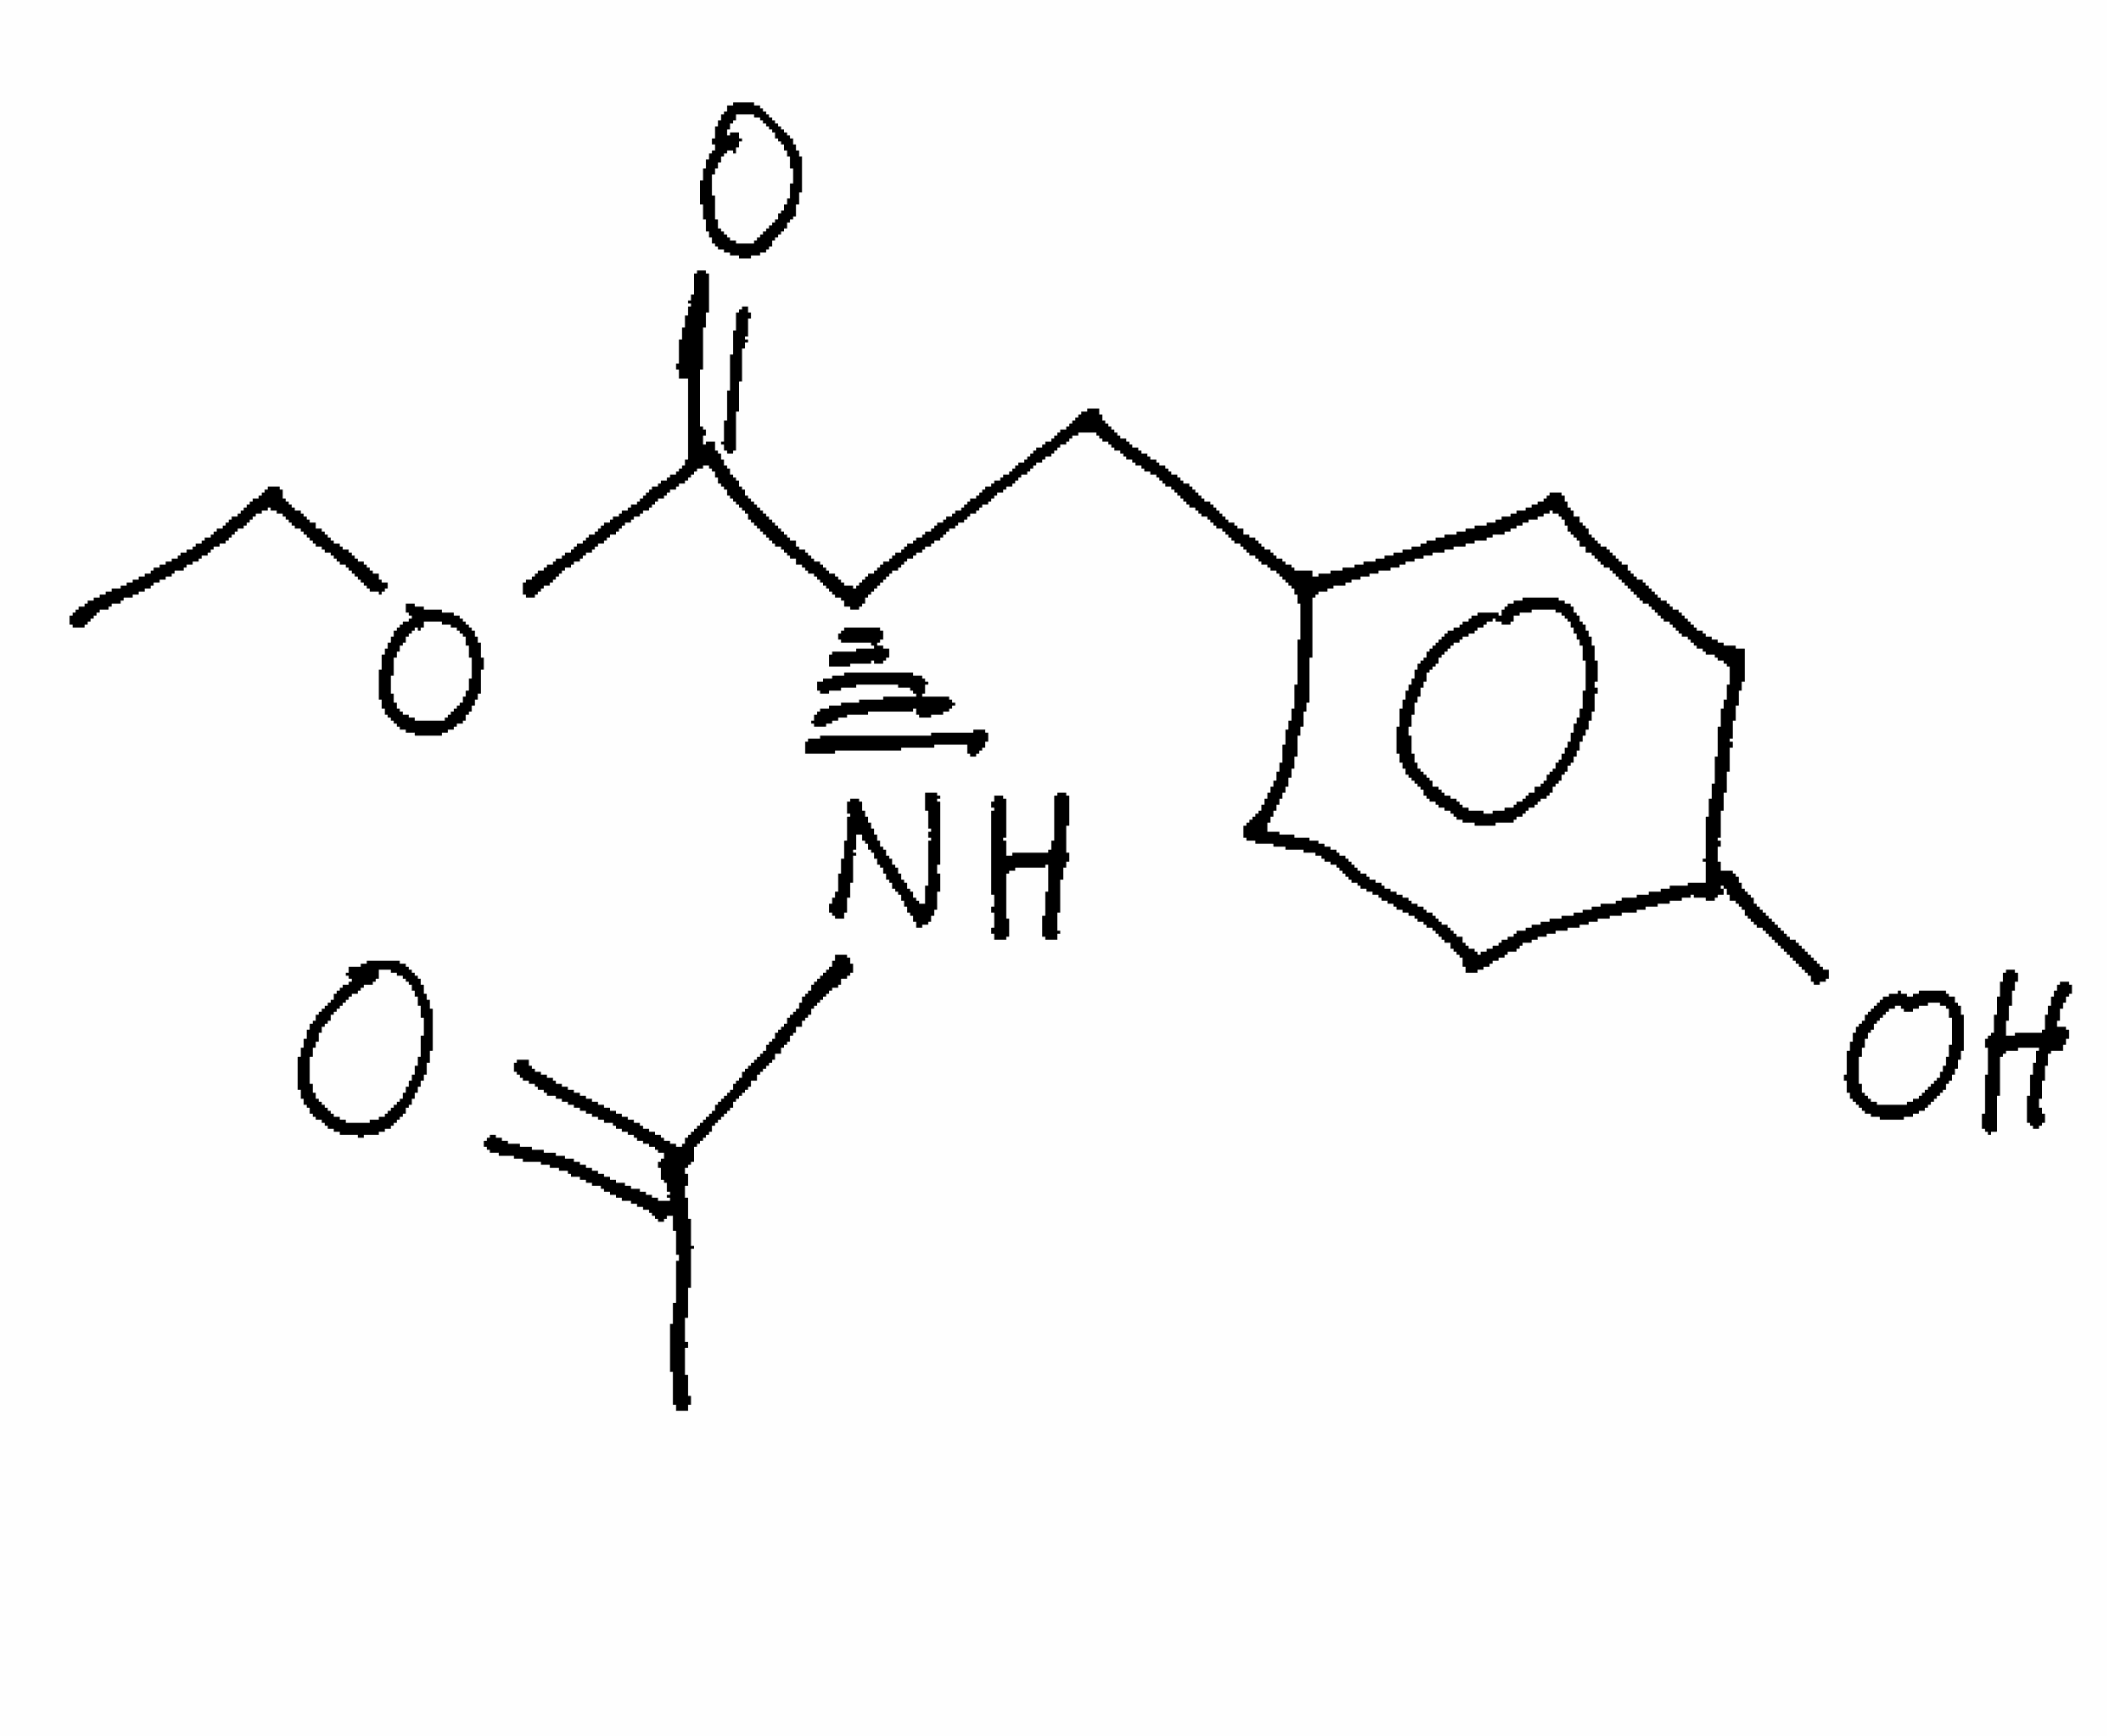
Simplified molecular-input line-entry system (SMILES) notation of the given molecule:
CCOC(=O)[C@H](CC1=CC=C(C=C1)O)NC(=O)C